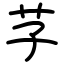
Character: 芓